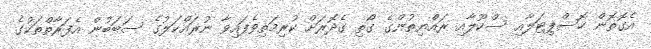
އެގޮތޮން ހޮސްޕިޓަލާއި ސްކޫލާއި ރައްޔިތުންގެ ގޯތި ގެދޮރަށް ކުރިމަތިވެފައިވާ ނުރައްކަލުގެ ސަބަބުން އެފަރާތްތަަކުގެ